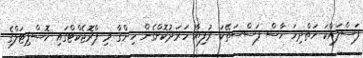
ފަސްލައްކަ ހަތްދިހަ ހާސް ފަސްސަތޭކަ ރުފިޔާ ހަރަދުކޮށްގެން ހިންގާ މި ޕްރޮޖެކްޓްގައި ހޮސްޕިޓަލްގެ